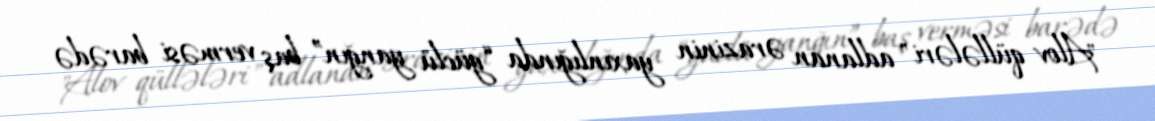
"Alov qüllələri" adlanan ərazinin yaxınlığında “güclü yanğın” baş verməsi barədə